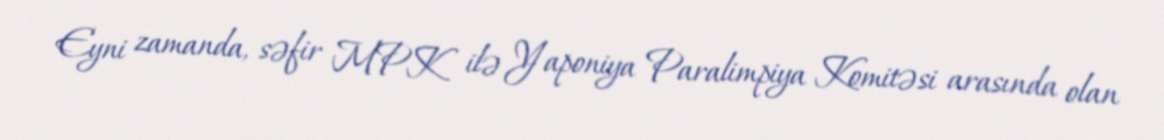
Eyni zamanda, səfir MPK ilə Yaponiya Paralimpiya Komitəsi arasında olan